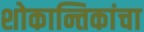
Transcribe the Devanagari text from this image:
शोकान्तिकांचा